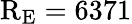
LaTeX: \mathrm{R_{E}}=6371